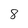
Character: 8